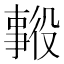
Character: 𱎑